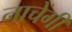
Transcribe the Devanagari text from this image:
नाचेंगी